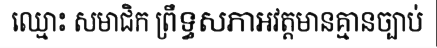
ឈ្មោះ សមាជិក ព្រឹទ្ធសភាអវត្តមានគ្មានច្បាប់